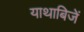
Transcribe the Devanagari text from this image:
याथाबिजें